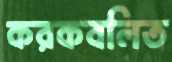
করকবলিত